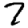
Digit: 7